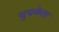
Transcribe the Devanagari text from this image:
चुचकेला